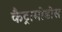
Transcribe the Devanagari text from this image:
कैट्रामोडोस